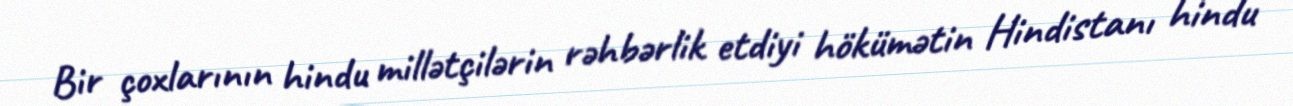
Bir çoxlarının hindu millətçilərin rəhbərlik etdiyi hökümətin Hindistanı hindu